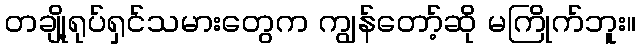
တချို့ရုပ်ရှင်သမားတွေက ကျွန်တော့်ဆို မကြိုက်ဘူး။